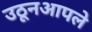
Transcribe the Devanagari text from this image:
उठूनआपले